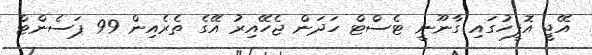
އޭޖީ އޮފީހުގައި ގާނޫނީ ޓެސްޓް ހަދަން ޖެހޭއިރު އޭގެ ތެރެއިން 99 ޕަސެންޓް